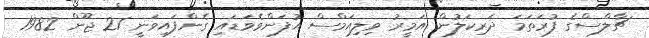
ޗާލްސްގެ ފުރަތަމަ ދަރިކަލުން އަމީރު ވިލިއަމްސް އުފަންވެވަޑައި ގެންފައިވަނީ 21 ޖޫން 1982